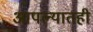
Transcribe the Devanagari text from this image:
आपल्यातही